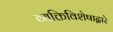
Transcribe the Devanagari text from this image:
व्यक्तिविशेषाद्वारे